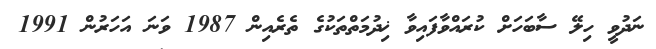
ނަދުވީ ހިލޭ ސާބަހަށް ކުރައްވާފައިވާ ޚިދުމަތްތަކުގެ ތެރެއިން 1987 ވަނަ އަހަރުން 1991